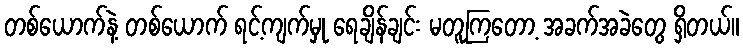
တစ်ယောက်နဲ့ တစ်ယောက် ရင့်ကျက်မှု ရေချိန်ချင်း မတူကြတော့ အခက်အခဲတွေ ရှိတယ်။